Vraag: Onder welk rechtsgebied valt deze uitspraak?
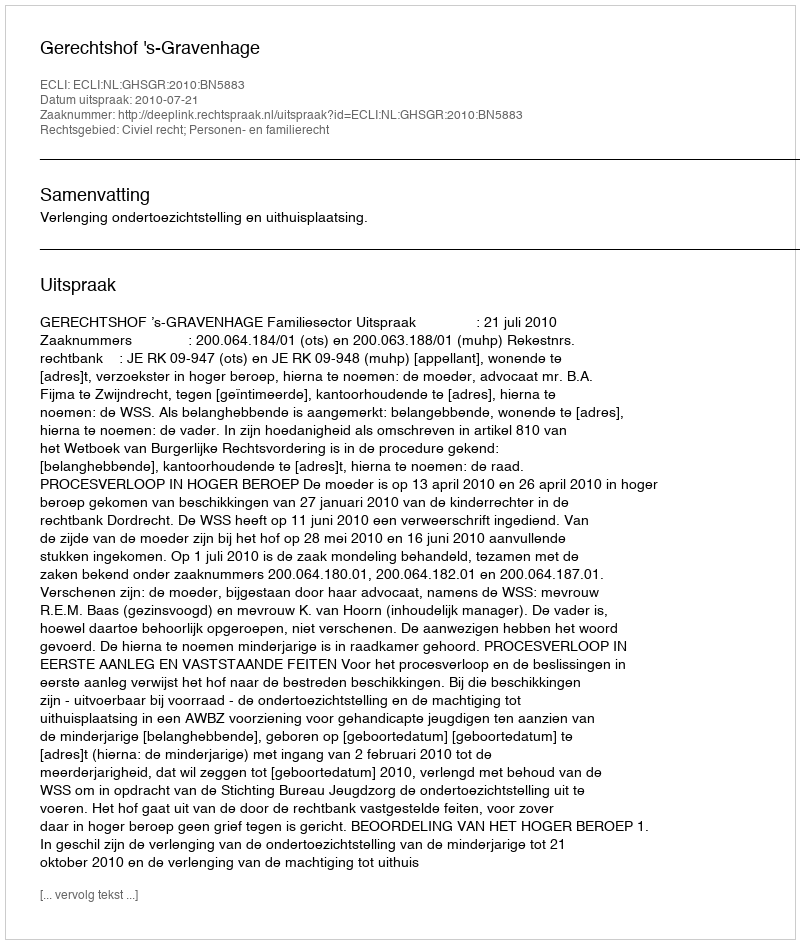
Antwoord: Civiel recht; Personen- en familierecht